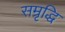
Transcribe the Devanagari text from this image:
सम्रृद्धि